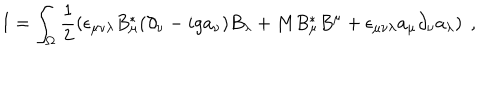
LaTeX: I = \int _ { \Omega } \frac { 1 } { 2 } \left( \epsilon _ { \mu \nu \lambda } B _ { \mu } ^ { * } ( \partial _ { \nu } - i g a _ { \nu } ) B _ { \lambda } + M B _ { \mu } ^ { * } B ^ { \mu } + \epsilon _ { \mu \nu \lambda } a _ { \mu } \partial _ { \nu } a _ { \lambda } \right) \; ,